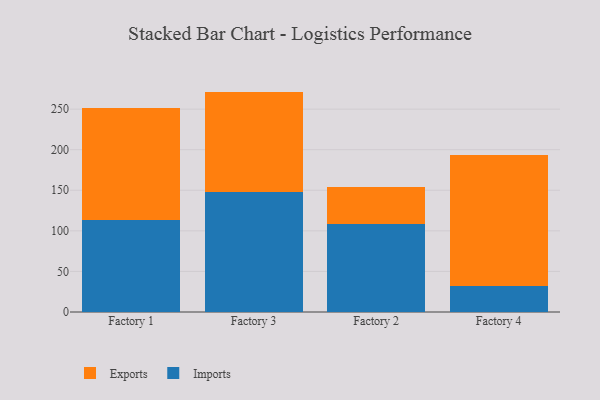
{"axis": {"x": "Factory", "y": "Churn Rate (%)"}, "legend": ["Exports", "Imports"], "data": [{"x": "Factory 1", "y": 113.3, "type": "Imports"}, {"x": "Factory 1", "y": 137.8, "type": "Exports"}, {"x": "Factory 3", "y": 148.0, "type": "Imports"}, {"x": "Factory 3", "y": 123.6, "type": "Exports"}, {"x": "Factory 2", "y": 108.7, "type": "Imports"}, {"x": "Factory 2", "y": 44.8, "type": "Exports"}, {"x": "Factory 4", "y": 31.8, "type": "Imports"}, {"x": "Factory 4", "y": 161.6, "type": "Exports"}]}